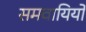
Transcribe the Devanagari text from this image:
समवायियों